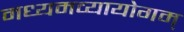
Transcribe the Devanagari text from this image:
मध्यमव्यायोगम्